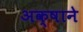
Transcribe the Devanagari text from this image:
अक्षाने